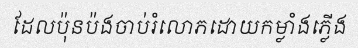
ដែលប៉ុនប៉ងចាប់រំលោភដោយកម្លាំងភ្លើង